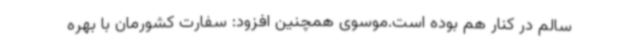
سالم در کنار هم بوده است.موسوی همچنین افزود: سفارت کشورمان با بهره